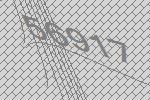
56917